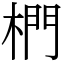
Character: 椚